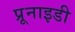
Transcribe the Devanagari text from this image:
प्रूनाइडी